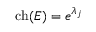
\operatorname { c h } ( E ) = e ^ { \lambda _ { j } }